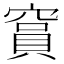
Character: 䆬